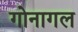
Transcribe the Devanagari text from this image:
गोनागल